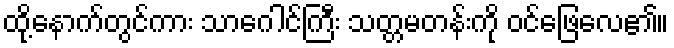
ထို့နောက်တွင်ကား သာဂေါင်ကြီး သတ္တမတန်းကို ဝင်ဖြေလေ၏။